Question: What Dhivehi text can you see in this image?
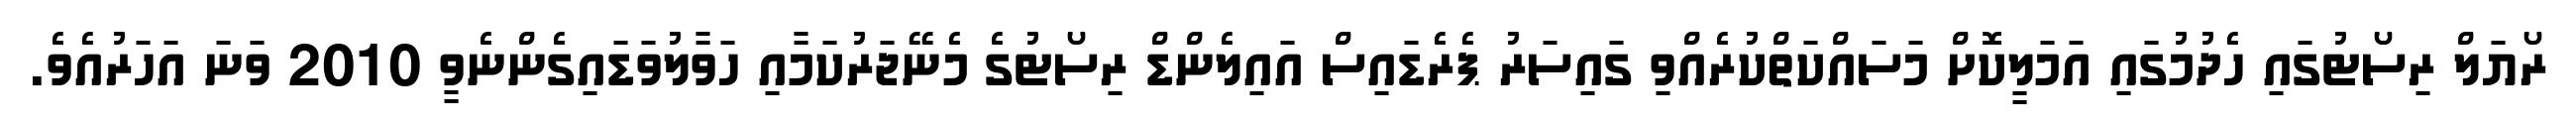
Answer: ރޯޔަލް ރިސޯޓުގައި ހެދުމުގައި އަމަލީކޮށް މަސައްކަތްކުރެއްވި ގައިސަރު ޕެރެޑައިސް އައިލެންޑް ރިސޯޓުގެ މެނޭޖަރުކަމާއި ހަވާލުވަޑައިގެންނެވީ 2010 ވަނަ އަހަރުއެވެ.